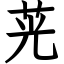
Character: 茪